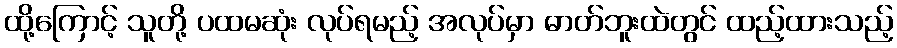
ထို့ကြောင့် သူတို့ ပထမဆုံး လုပ်ရမည့် အလုပ်မှာ ဓာတ်ဘူးထဲတွင် ထည့်ထားသည့်